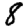
Digit: 8